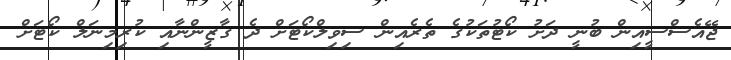
ޖޭއެސްސީއިން ބުނީ ދަށު ކޯޓުތަކުގެ ތެރެއިން ސިވިލްކޯޓަށް ދެ ގާޒީންނާއި ކުރިމިނަލް ކޯޓަށް